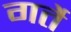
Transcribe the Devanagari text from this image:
गर्ते